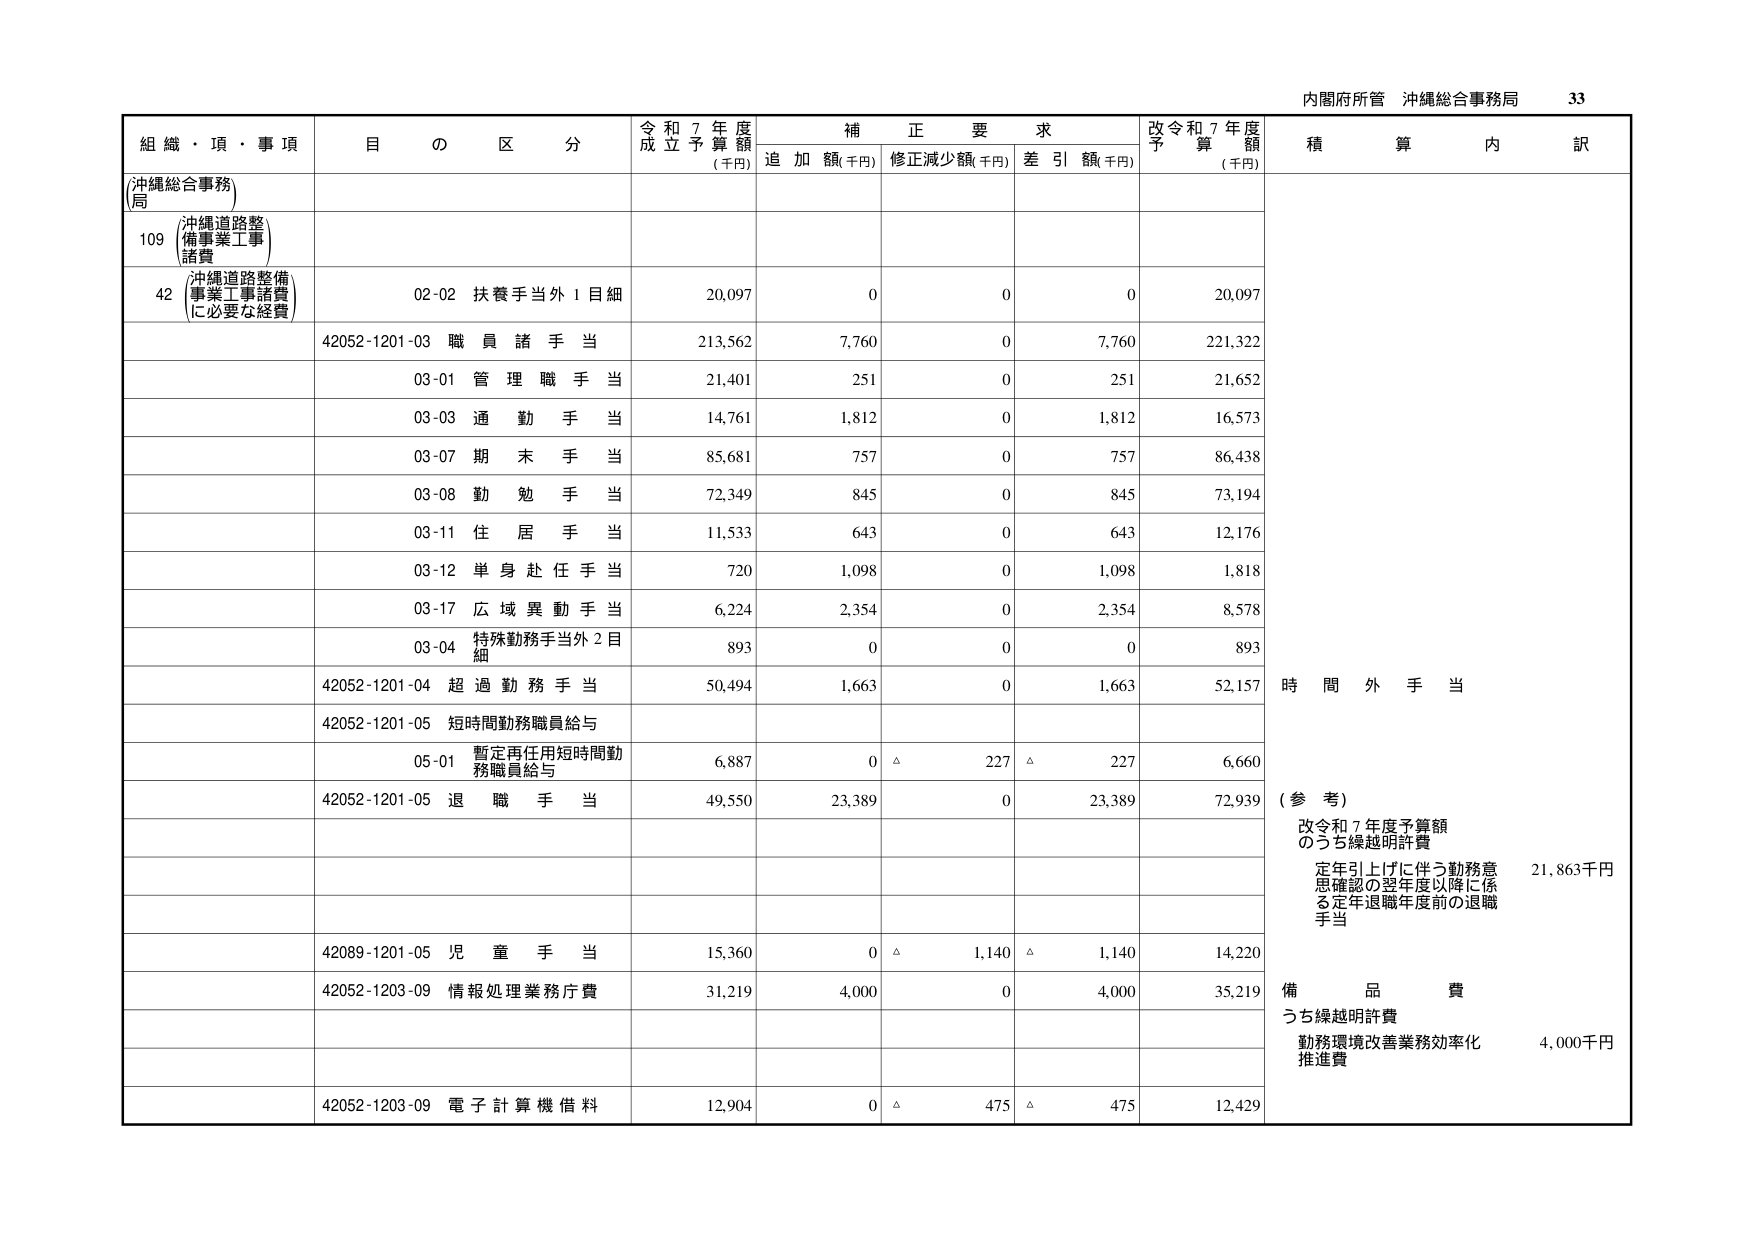
内閣府所管 沖縄総合事務局 33

組織・項・事項 目の区分 令和7年度成立予算額(千円) 補正要求 追加額(千円) 修正減少額(千円) 差引額(千円) 改令和7年度予算額(千円) 積算内訳

(沖縄総合事務局)

109 沖縄道路整備事業工事諸費

42 (沖縄道路整備事業工事諸費に必要な経費) 02-02 扶養手当外1目細 20,097 0 0 0 20,097

42052-1201-03 職員諸手当 213,562 7,760 0 7,760 221,322

03-01 管理職手当 21,401 251 0 251 21,652

03-03 通勤手当 14,761 1,812 0 1,812 16,573

03-07 期末手当 85,681 757 0 757 86,438

03-08 勤勉手当 72,349 845 0 845 73,194

03-11 住居手当 11,533 643 0 643 12,176

03-12 単身赴任手当 720 1,098 0 1,098 1,818

03-17 広域異動手当 6,224 2,354 0 2,354 8,578

03-04 特殊勤務手当外2目細 893 0 0 0 893

42052-1201-04 超過勤務手当 50,494 1,663 0 1,663 52,157 時間外手当

42052-1201-05 短時間勤務職員給与

05-01 暫定再任用短時間勤務職員給与 6,887 0 △ 227 △ 227 6,660

42052-1201-05 退職手当 49,550 23,389 0 23,389 72,939 (参考)

改令和7年度予算額 のうち繰越明許費

定年引上げに伴う勤務意思確認の翌年度以降に係る定年退職年度前の退職手当 21,863千円

42089-1201-05 児童手当 15,360 0 △ 1,140 △ 1,140 14,220

42052-1203-09 情報処理業務庁費 31,219 4,000 0 4,000 35,219 備品費

うち繰越明許費

勤務環境改善業務効率化推進費 4,000千円

42052-1203-09 電子計算機借料 12,904 0 △ 475 △ 475 12,429